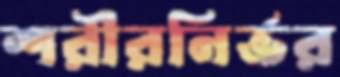
শরীরনির্ভর